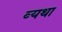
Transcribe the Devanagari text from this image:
व्‍यथा